Indian journal of veterinary science and animal husbandry - Volumes 22-23, 1952-1953
Year: 1952
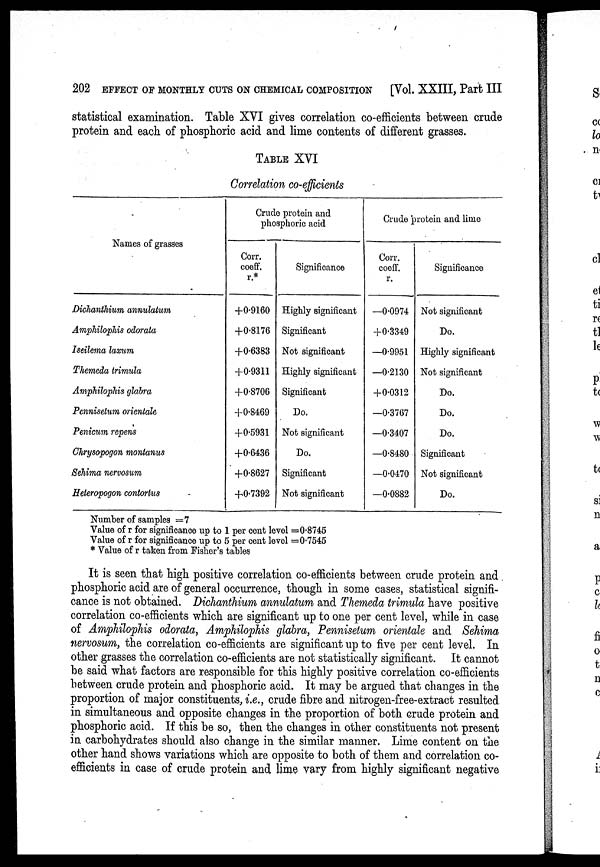
202 EFFECT OF MONTHLY CUTS ON CHEMICAL COMPOSITION
[Vol. XXIII, Part III
statistical examination. Table XVI gives correlation co-efficients between crude
protein and each of phosphoric acid and lime contents of different grasses.
TABLE XVI
Correlation co-efficients
Names of grasses
Dichanthium annulatum
Amphilophis odorata
Iseilema laxum
Themeda trimula
Amphilophis glabra
Pennisetum orientale
Penicum repens
Chrysopogon montanus
Sehima nervosum
Heteropogon contortus
Crude protein and
phosphoric acid
Corr.
coeff.
r.*
+0.9160
+0.8176
+0.6383
+0.9311
+0.8706
+0.8469
+0.5931
+0.6436
+0.8627
+0.7392
Significance
Highly significant
Significant
Not significant
Highly significant
Significant
Do.
Not significant
Do.
Significant
Not significant
Crude protein and lime
Corr.
coeff.
r.
—0.0974
+0.3349
—0.9951
—0.2130
+0.0312
—0.3767
—0.3407
—0.8480
—0.0470
—0.0882
Significance
Not significant
Do.
Highly significant
Not significant
Do.
Do.
Do.
Significant
Not significant
Do.
Number of samples =7
Value of r for significance up to 1 per cent level =0.8745
Value of r for significance up to 5 per cent level =0.7545
* Value of r taken from Fisher's tables
It is seen that high positive correlation co-efficients between crude protein and
phosphoric acid are of general occurrence, though in some cases, statistical signifi-
cance is not obtained. Dichanthium annulatum and Themeda trimula have positive
correlation co-efficients which are significant up to one per cent level, while in case
of Amphilophis odorata, Amphilophis glabra, Pennisetum orientale and Sehima
nervosum, the correlation co-efficients are significant up to five per cent level. In
other grasses the correlation co-efficients are not statistically significant. It cannot
be said what factors are responsible for this highly positive correlation co-efficients
between crude protein and phosphoric acid. It may be argued that changes in the
proportion of major constituents, i.e., crude fibre and nitrogen-free-extract resulted
in simultaneous and opposite changes in the proportion of both crude protein and
phosphoric acid. If this be so, then the changes in other constituents not present
in carbohydrates should also change in the similar manner. Lime content on the
other hand shows variations which are opposite to both of them and correlation co-
efficients in case of crude protein and lime vary from highly significant negative